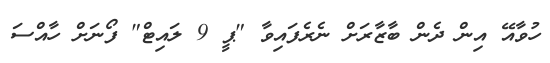
ހުވާއޭ އިން ދެން ބާޒާރަށް ނެރެފައިވާ "ޕީ 9 ލައިޓް" ފޯނަށް ހާއްސަ